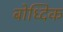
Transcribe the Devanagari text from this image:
बोध्दिक